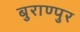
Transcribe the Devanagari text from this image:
बुराण्पुर